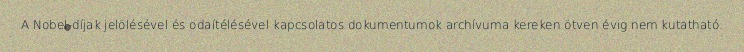
A Nobel-díjak jelölésével és odaítélésével kapcsolatos dokumentumok archívuma kereken ötven évig nem kutatható.